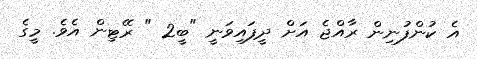
އެ ކުންފުނިން ރާއްޖެ އަށް ދީފައިވަނީ "ބީ2 " ރޭޓިން އެވެ. މީގެ